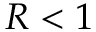
R < 1